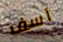
آسف